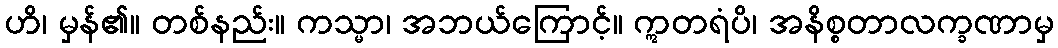
ဟိ၊ မှန်၏။ တစ်နည်း။ ကသ္မာ၊ အဘယ်ကြောင့်။ ဣတရံပိ၊ အနိစ္စတာလက္ခဏာမှ